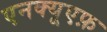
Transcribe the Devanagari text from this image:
एनक्यूएफ़